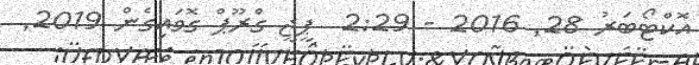
އޮކްޓޯބަރު 28